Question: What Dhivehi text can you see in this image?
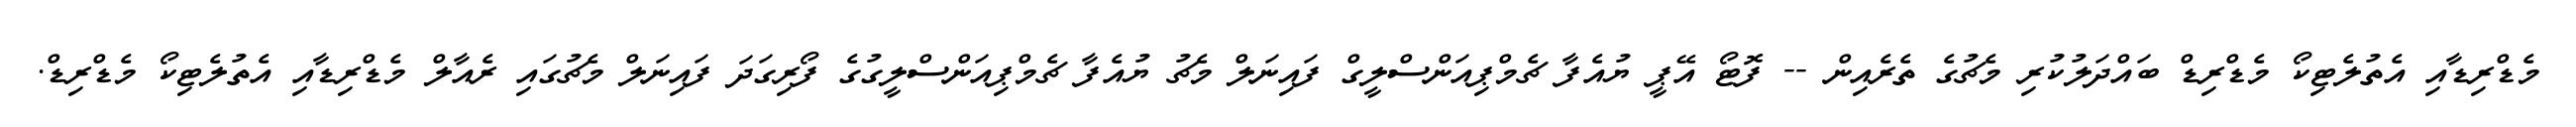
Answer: މެޑްރިޑާއި އެތުލެޓިކޯ މެޑްރިޑް ބައްދަލުކުރި މެޗުގެ ތެރެއިން -- ފޮޓޯ އޭޕީ ޔުއެފާ ޗެމްޕިއަންސްލީގް ފައިނަލް މެޗު ޔުއެފާ ޗެމްޕިއަންސްލީގުގެ ފޯރިގަދަ ފައިނަލް މެޗުގައި ރެއާލް މެޑްރިޑާއި އެތުލެޓިކޯ މެޑްރިޑް.